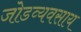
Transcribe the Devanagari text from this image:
जोडव्यवसाय